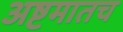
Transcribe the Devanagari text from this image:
अष्टमातच